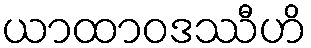
ယာထာဝဒဿီဟိ